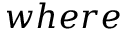
w h e r e